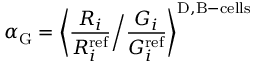
\alpha _ { \mathrm { G } } = \bigg \langle \frac { R _ { i } } { R _ { i } ^ { \mathrm { r e f } } } \Big / \frac { G _ { i } } { G _ { i } ^ { \mathrm { r e f } } } \bigg \rangle ^ { \mathrm { D , B - c e l l s } }